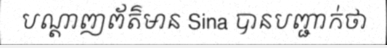
បណ្តាញព័ត៌មាន Sina បានបញ្ជាក់ថា